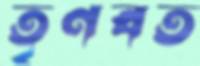
তৃণবত